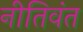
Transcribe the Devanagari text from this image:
नीतिवंत